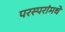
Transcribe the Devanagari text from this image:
परस्‍परांमधे